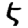
Digit: 5